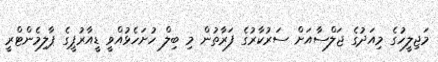
މަޖިލީހުގެ މިއަދުގެ ޖަލްސާއަށް ސަރުކާރުގެ ފަރާތުން މި ބިލް ހުށަހެޅުއްވީ ޑީއާރުޕީގެ ޕާލިމެންޓްރީ